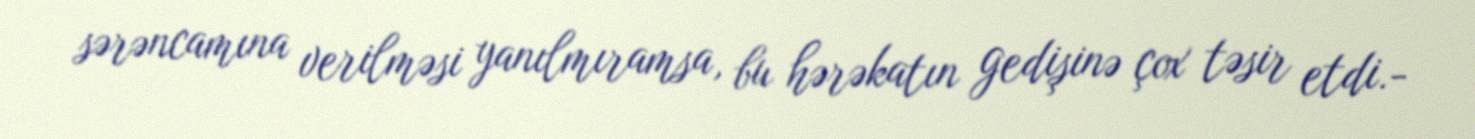
sərəncamına verilməsi yanılmıramsa, bu hərəkatın gedişinə çox təsir etdi.-